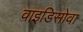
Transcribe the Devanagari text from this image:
वाइडिसोवा